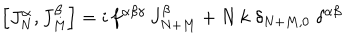
\left[ J _ { N } ^ { \alpha } , J _ { M } ^ { \beta } \right] = i \, f ^ { \alpha \beta \gamma } \, J _ { N + M } ^ { \beta } + N \, k \; \delta _ { N + M , 0 } \; \delta ^ { \alpha \beta }